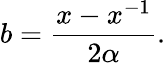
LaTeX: b={\frac{x-x^{-1}}{2\alpha}}.